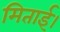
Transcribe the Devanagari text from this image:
मिताई।